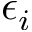
\epsilon _ { i }